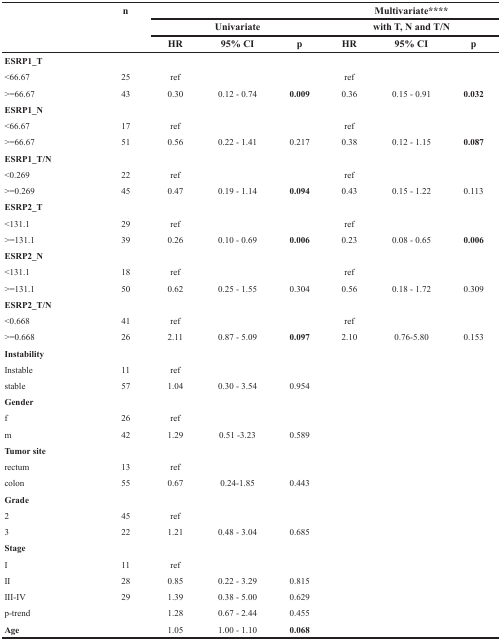
<table><thead><tr><td rowspan="3"></td><td rowspan="3"><b>n</b></td><td colspan="3"></td><td colspan="3"><b>Multivariate****</b></td></tr><tr><td colspan="3"><b>Univariate</b></td><td colspan="3"><b>with T, N and T/N</b></td></tr><tr><td><b>HR</b></td><td><b>95% CI</b></td><td><b>p</b></td><td><b>HR</b></td><td><b>95% CI</b></td><td><b>p</b></td></tr></thead><tbody><tr><td colspan="8"><b>ESRP1_T</b></td></tr><tr><td>&lt;66.67</td><td>25</td><td>ref</td><td></td><td></td><td>ref</td><td></td><td></td></tr><tr><td>&gt;=66.67</td><td>43</td><td>0.30</td><td>0.12 - 0.74</td><td><b>0.009</b></td><td>0.36</td><td>0.15 - 0.91</td><td><b>0.032</b></td></tr><tr><td colspan="8"><b>ESRP1_N</b></td></tr><tr><td>&lt;66.67</td><td>17</td><td>ref</td><td></td><td></td><td>ref</td><td></td><td></td></tr><tr><td>&gt;=66.67</td><td>51</td><td>0.56</td><td>0.22 - 1.41</td><td>0.217</td><td>0.38</td><td>0.12 - 1.15</td><td><b>0.087</b></td></tr><tr><td colspan="8"><b>ESRP1_T/N</b></td></tr><tr><td>&lt;0.269</td><td>22</td><td>ref</td><td></td><td></td><td>ref</td><td></td><td></td></tr><tr><td>&gt;=0.269</td><td>45</td><td>0.47</td><td>0.19 - 1.14</td><td><b>0.094</b></td><td>0.43</td><td>0.15 - 1.22</td><td>0.113</td></tr><tr><td colspan="8"><b>ESRP2_T</b></td></tr><tr><td>&lt;131.1</td><td>29</td><td>ref</td><td></td><td></td><td>ref</td><td></td><td></td></tr><tr><td>&gt;=131.1</td><td>39</td><td>0.26</td><td>0.10 - 0.69</td><td><b>0.006</b></td><td>0.23</td><td>0.08 - 0.65</td><td><b>0.006</b></td></tr><tr><td colspan="8"><b>ESRP2_N</b></td></tr><tr><td>&lt;131.1</td><td>18</td><td>ref</td><td></td><td></td><td>ref</td><td></td><td></td></tr><tr><td>&gt;=131.1</td><td>50</td><td>0.62</td><td>0.25 - 1.55</td><td>0.304</td><td>0.56</td><td>0.18 - 1.72</td><td>0.309</td></tr><tr><td colspan="8"><b>ESRP2_T/N</b></td></tr><tr><td>&lt;0.668</td><td>41</td><td>ref</td><td></td><td></td><td>ref</td><td></td><td></td></tr><tr><td>&gt;=0.668</td><td>26</td><td>2.11</td><td>0.87 - 5.09</td><td><b>0.097</b></td><td>2.10</td><td>0.76-5.80</td><td>0.153</td></tr><tr><td colspan="8"><b>Instability</b></td></tr><tr><td>Instable</td><td>11</td><td>ref</td><td></td><td></td><td></td><td></td><td></td></tr><tr><td>stable</td><td>57</td><td>1.04</td><td>0.30 - 3.54</td><td>0.954</td><td></td><td></td><td></td></tr><tr><td colspan="8"><b>Gender</b></td></tr><tr><td>f</td><td>26</td><td>ref</td><td></td><td></td><td></td><td></td><td></td></tr><tr><td>m</td><td>42</td><td>1.29</td><td>0.51 −3.23</td><td>0.589</td><td></td><td></td><td></td></tr><tr><td colspan="8"><b>Tumor site</b></td></tr><tr><td>rectum</td><td>13</td><td>ref</td><td></td><td></td><td></td><td></td><td></td></tr><tr><td>colon</td><td>55</td><td>0.67</td><td>0.24-1.85</td><td>0.443</td><td></td><td></td><td></td></tr><tr><td colspan="8"><b>Grade</b></td></tr><tr><td>2</td><td>45</td><td>ref</td><td></td><td></td><td></td><td></td><td></td></tr><tr><td>3</td><td>22</td><td>1.21</td><td>0.48 - 3.04</td><td>0.685</td><td></td><td></td><td></td></tr><tr><td colspan="8"><b>Stage</b></td></tr><tr><td>I</td><td>11</td><td>ref</td><td></td><td></td><td></td><td></td><td></td></tr><tr><td>II</td><td>28</td><td>0.85</td><td>0.22 - 3.29</td><td>0.815</td><td></td><td></td><td></td></tr><tr><td>III-IV</td><td>29</td><td>1.39</td><td>0.38 - 5.00</td><td>0.629</td><td></td><td></td><td></td></tr><tr><td>p-trend</td><td></td><td>1.28</td><td>0.67 - 2.44</td><td>0.455</td><td></td><td></td><td></td></tr><tr><td><b>Age</b></td><td></td><td>1.05</td><td>1.00 - 1.10</td><td><b>0.068</b></td><td></td><td></td><td></td></tr></tbody></table>